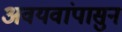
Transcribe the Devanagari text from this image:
अवयवांपासुन